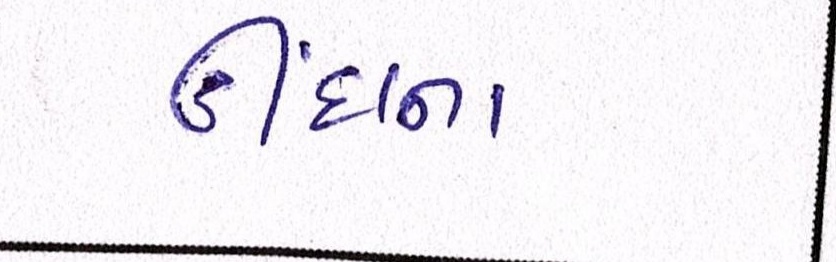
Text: ઊંઘના